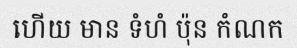
ហើយ មាន ទំហំ ប៉ុន កំណក